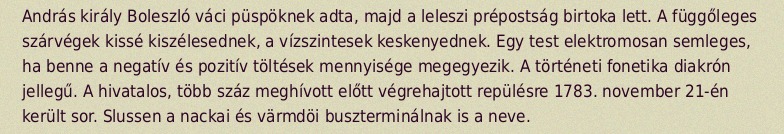
András király Boleszló váci püspöknek adta, majd a leleszi prépostság birtoka lett. A függőleges szárvégek kissé kiszélesednek, a vízszintesek keskenyednek. Egy test elektromosan semleges, ha benne a negatív és pozitív töltések mennyisége megegyezik. A történeti fonetika diakrón jellegű. A hivatalos, több száz meghívott előtt végrehajtott repülésre 1783. november 21-én került sor. Slussen a nackai és värmdöi buszterminálnak is a neve.